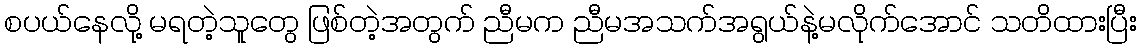
စပယ်နေလို့ မရတဲ့သူတွေ ဖြစ်တဲ့အတွက် ညီမက ညီမအသက်အရွယ်နဲ့မလိုက်အောင် သတိထားပြီး